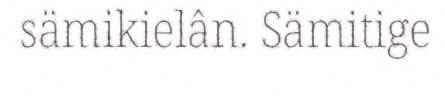
sämikielân. Sämitige